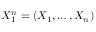
X _ { 1 } ^ { n } = ( X _ { 1 } , \dots , X _ { n } )